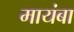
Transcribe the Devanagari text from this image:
मायंबा